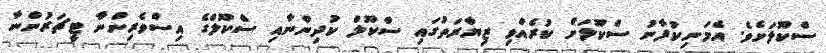
ސްކޫލަށެވެ. އެމަނިކުފާނު ސްކޫލަށް ކުރެއްވި ޒިޔާރަތުގައި ސްކޫލް ކުދިންނާއި ސްކޫލްގެ އިސްވެރިންނާ ޓީޗަރުންނާ